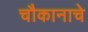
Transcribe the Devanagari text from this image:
चौकानाचे